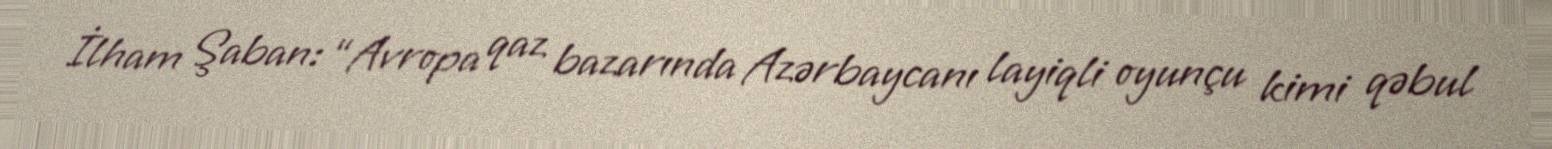
İlham Şaban: “Avropa qaz bazarında Azərbaycanı layiqli oyunçu kimi qəbul